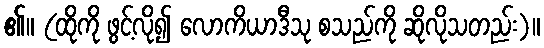
၏။ (ထိုကို ဖွင့်လို၍ လောကိယာဒီသု စသည်ကို ဆိုလိုသတည်း)။